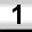
Digit: 1